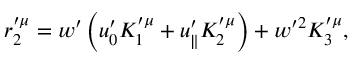
r _ { 2 } ^ { \prime \mu } = w ^ { \prime } \left( u _ { 0 } ^ { \prime } K _ { 1 } ^ { \prime \mu } + u _ { \parallel } ^ { \prime } K _ { 2 } ^ { \prime \mu } \right) + w ^ { \prime 2 } K _ { 3 } ^ { \prime \mu } ,